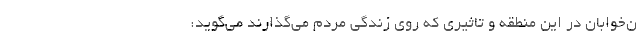
ن‌خوابان در این منطقه و تاثیری که روی زندگی مردم می‌گذارند می‌گوید: